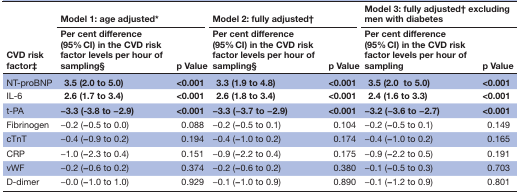
| <ROWSPAN=2> CVD risk factor‡ | <COLSPAN=2> Model 1: age adjusted* | <COLSPAN=2> Model 2: fully adjusted† | <COLSPAN=2> Model 3: fully adjusted† excluding men with diabetes |
 | Per cent difference (95% CI) in the CVD risk factor levels per hour of sampling§ | p Value | Per cent difference (95% CI) in the CVD risk factor levels per hour of sampling§ | p Value | Per cent difference (95% CI) in the CVD risk factor levels per hour of sampling | p Value |
 | --- | --- | --- | --- | --- | --- | --- |
 | NT-proBNP | 3.5 (2.0 to 5.0) | <0.001 | 3.3 (1.9 to 4.8) | <0.001 | 3.5 (2.0 to 5.0) | <0.001 |
 | IL-6 | 2.6 (1.7 to 3.4) | <0.001 | 2.6 (1.8 to 3.4) | <0.001 | 2.4 (1.6 to 3.3) | <0.001 |
 | t-PA | −3.3 (-3.8 to −2.9) | <0.001 | −3.3 (−3.7 to −2.9) | <0.001 | −3.2 (−3.6 to −2.7) | <0.001 |
 | Fibrinogen | −0.2 (−0.5 to 0.0) | 0.088 | −0.2 (−0.5 to 0.1) | 0.104 | −0.2 (−0.5 to 0.1) | 0.149 |
 | cTnT | −0.4 (−0.9 to 0.2) | 0.194 | −0.4 (−1.0 to 0.2) | 0.174 | −0.4 (−1.0 to 0.2) | 0.165 |
 | CRP | −1.0 (−2.3 to 0.4) | 0.151 | −0.9 (−2.2 to 0.4) | 0.175 | −0.9 (−2.2 to 0.5) | 0.191 |
 | vWF | −0.2 (−0.6 to 0.2) | 0.374 | −0.2 (−0.6 to 0.2) | 0.380 | −0.1 (−0.5 to 0.3) | 0.703 |
 | D-dimer | −0.0 (−1.0 to 1.0) | 0.929 | −0.1 (−1.0 to 0.9) | 0.890 | −0.1 (−1.2 to 0.9) | 0.801 |